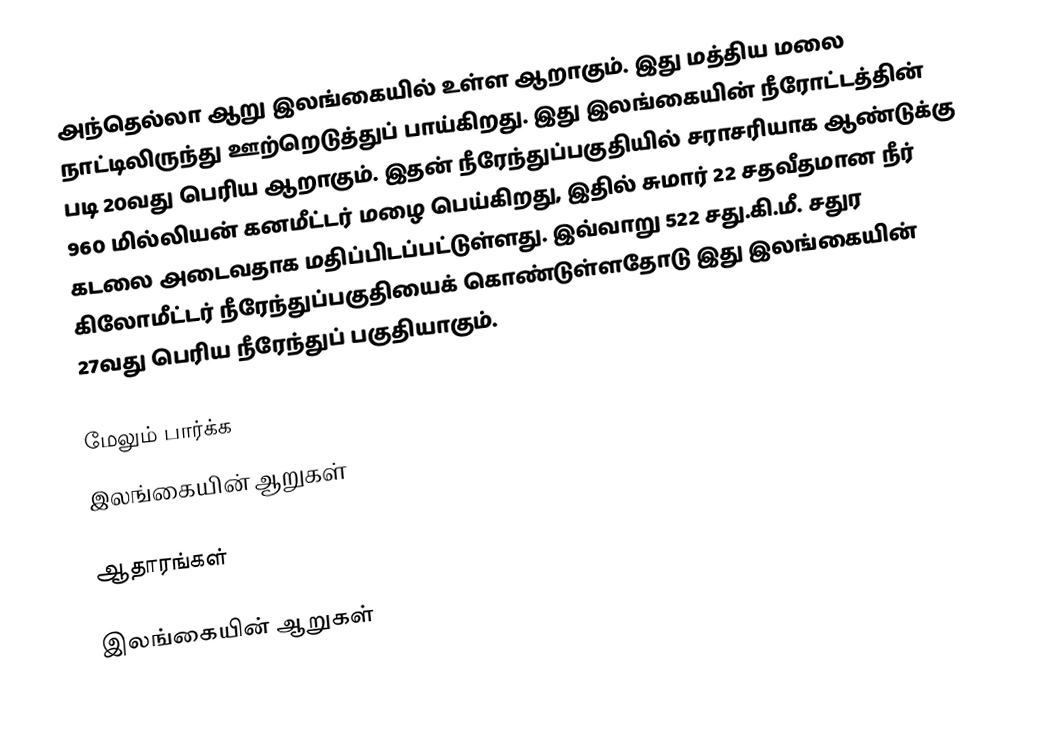
அந்தெல்லா ஆறு இலங்கையில் உள்ள ஆறாகும். இது மத்திய மலை நாட்டிலிருந்து ஊற்றெடுத்துப் பாய்கிறது. இது இலங்கையின் நீரோட்டத்தின் படி  20வது பெரிய  ஆறாகும். இதன் நீரேந்துப்பகுதியில் சராசரியாக ஆண்டுக்கு 960 மில்லியன் கனமீட்டர் மழை பெய்கிறது, இதில் சுமார் 22 சதவீதமான நீர் கடலை அடைவதாக மதிப்பிடப்பட்டுள்ளது. இவ்வாறு 522 சது.கி.மீ. சதுர கிலோமீட்டர் நீரேந்துப்பகுதியைக் கொண்டுள்ளதோடு இது இலங்கையின் 27வது பெரிய நீரேந்துப் பகுதியாகும்.

மேலும் பார்க்க
 இலங்கையின் ஆறுகள்

ஆதாரங்கள்

இலங்கையின் ஆறுகள்